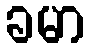
ခမာ